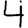
Digit: 4